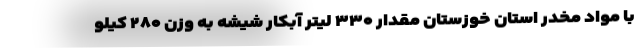
با مواد مخدر استان خوزستان مقدار ۳۳۰ لیتر آبکار شیشه به وزن ۲۸۰ کیلو